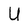
Character: U